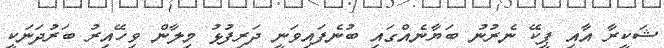
ޝަކީރާ އާއި ޕީކޭ ނެރުނު ބަޔާނެއްގައި ބުނެފައިވަނީ ދަރިފުޅު މިލާން ވިހޭއިރު ބަރުދަނަކީ